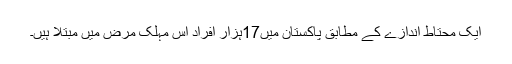
ایک محتاط اندازے کے مطابق پاکستان میں17ہزار افراد اس مہلک مرض میں مبتلا ہیں۔